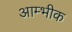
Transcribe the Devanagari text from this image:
आम्भीक